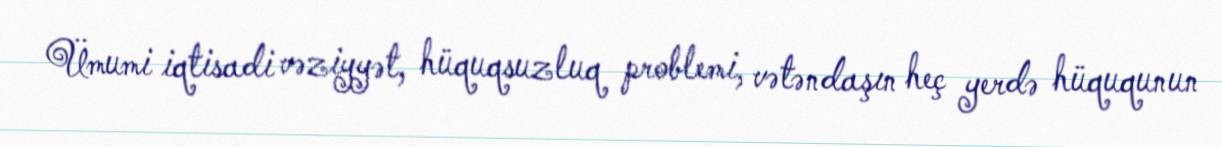
Ümumi iqtisadi vəziyyət, hüquqsuzluq problemi, vətəndaşın heç yerdə hüququnun